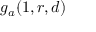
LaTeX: g _ { a } ( 1 , r , d )